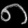
Digit: ၈